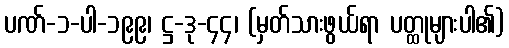
ပဏ်-၁-ပါ-၁၉၉၊ ဋ္ဌ-ဒု-၄၄၊ (မှတ်သားဖွယ်ရာ ပတ္ထုများပါ၏)